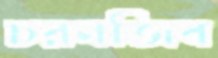
চরনজিব